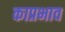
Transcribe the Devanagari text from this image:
काप्रभाव